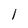
Character: l